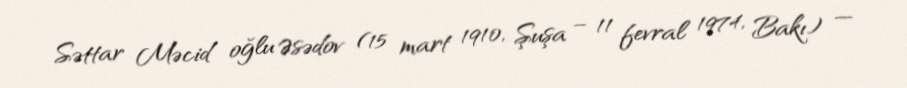
Səttar Məcid oğlu Əsədov (15 mart 1910, Şuşa – 11 fevral 1974, Bakı) —